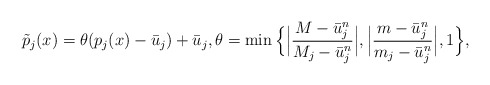
\begin{align*}\tilde{p}_j(x)=\theta(p_j(x)-\bar{u}_j)+\bar{u}_j, \theta=\min\Big\{\Big|\frac{M-\bar{u}_j^n}{M_j-\bar{u}_j^n}\Big|,\Big|\frac{m-\bar{u}_j^n}{m_j-\bar{u}_j^n}\Big|,1\Big\},\end{align*}